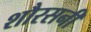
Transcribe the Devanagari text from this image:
शौरसनी